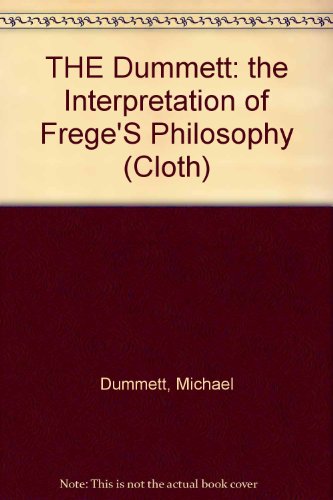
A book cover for The Interpretation of Frege's Philosophy; Michael A. E. Dummett; Politics & Social Sciences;